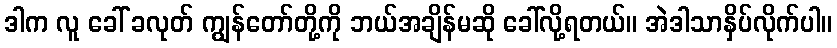
ဒါက လူ ခေါ် ခလုတ် ကျွန်တော်တို့ကို ဘယ်အချိန်မဆို ခေါ်လို့ရတယ်။ အဲဒါသာနှိပ်လိုက်ပါ။